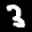
Label: 3